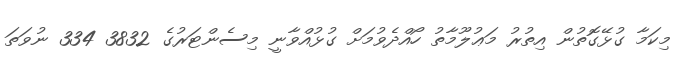
މިކަމާ ގުޅޭގޮތުން އިތުރު މަޢުލޫމާތު ހޯއްދެވުމަށް ގުޅުއްވާނީ މިސެންޓަރުގެ 3832 334 ނުވަތަ